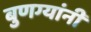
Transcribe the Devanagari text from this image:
बुणग्यांनी